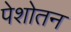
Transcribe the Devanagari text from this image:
पेशोतन